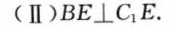
(Ⅱ)BE \perp C_{1}E.